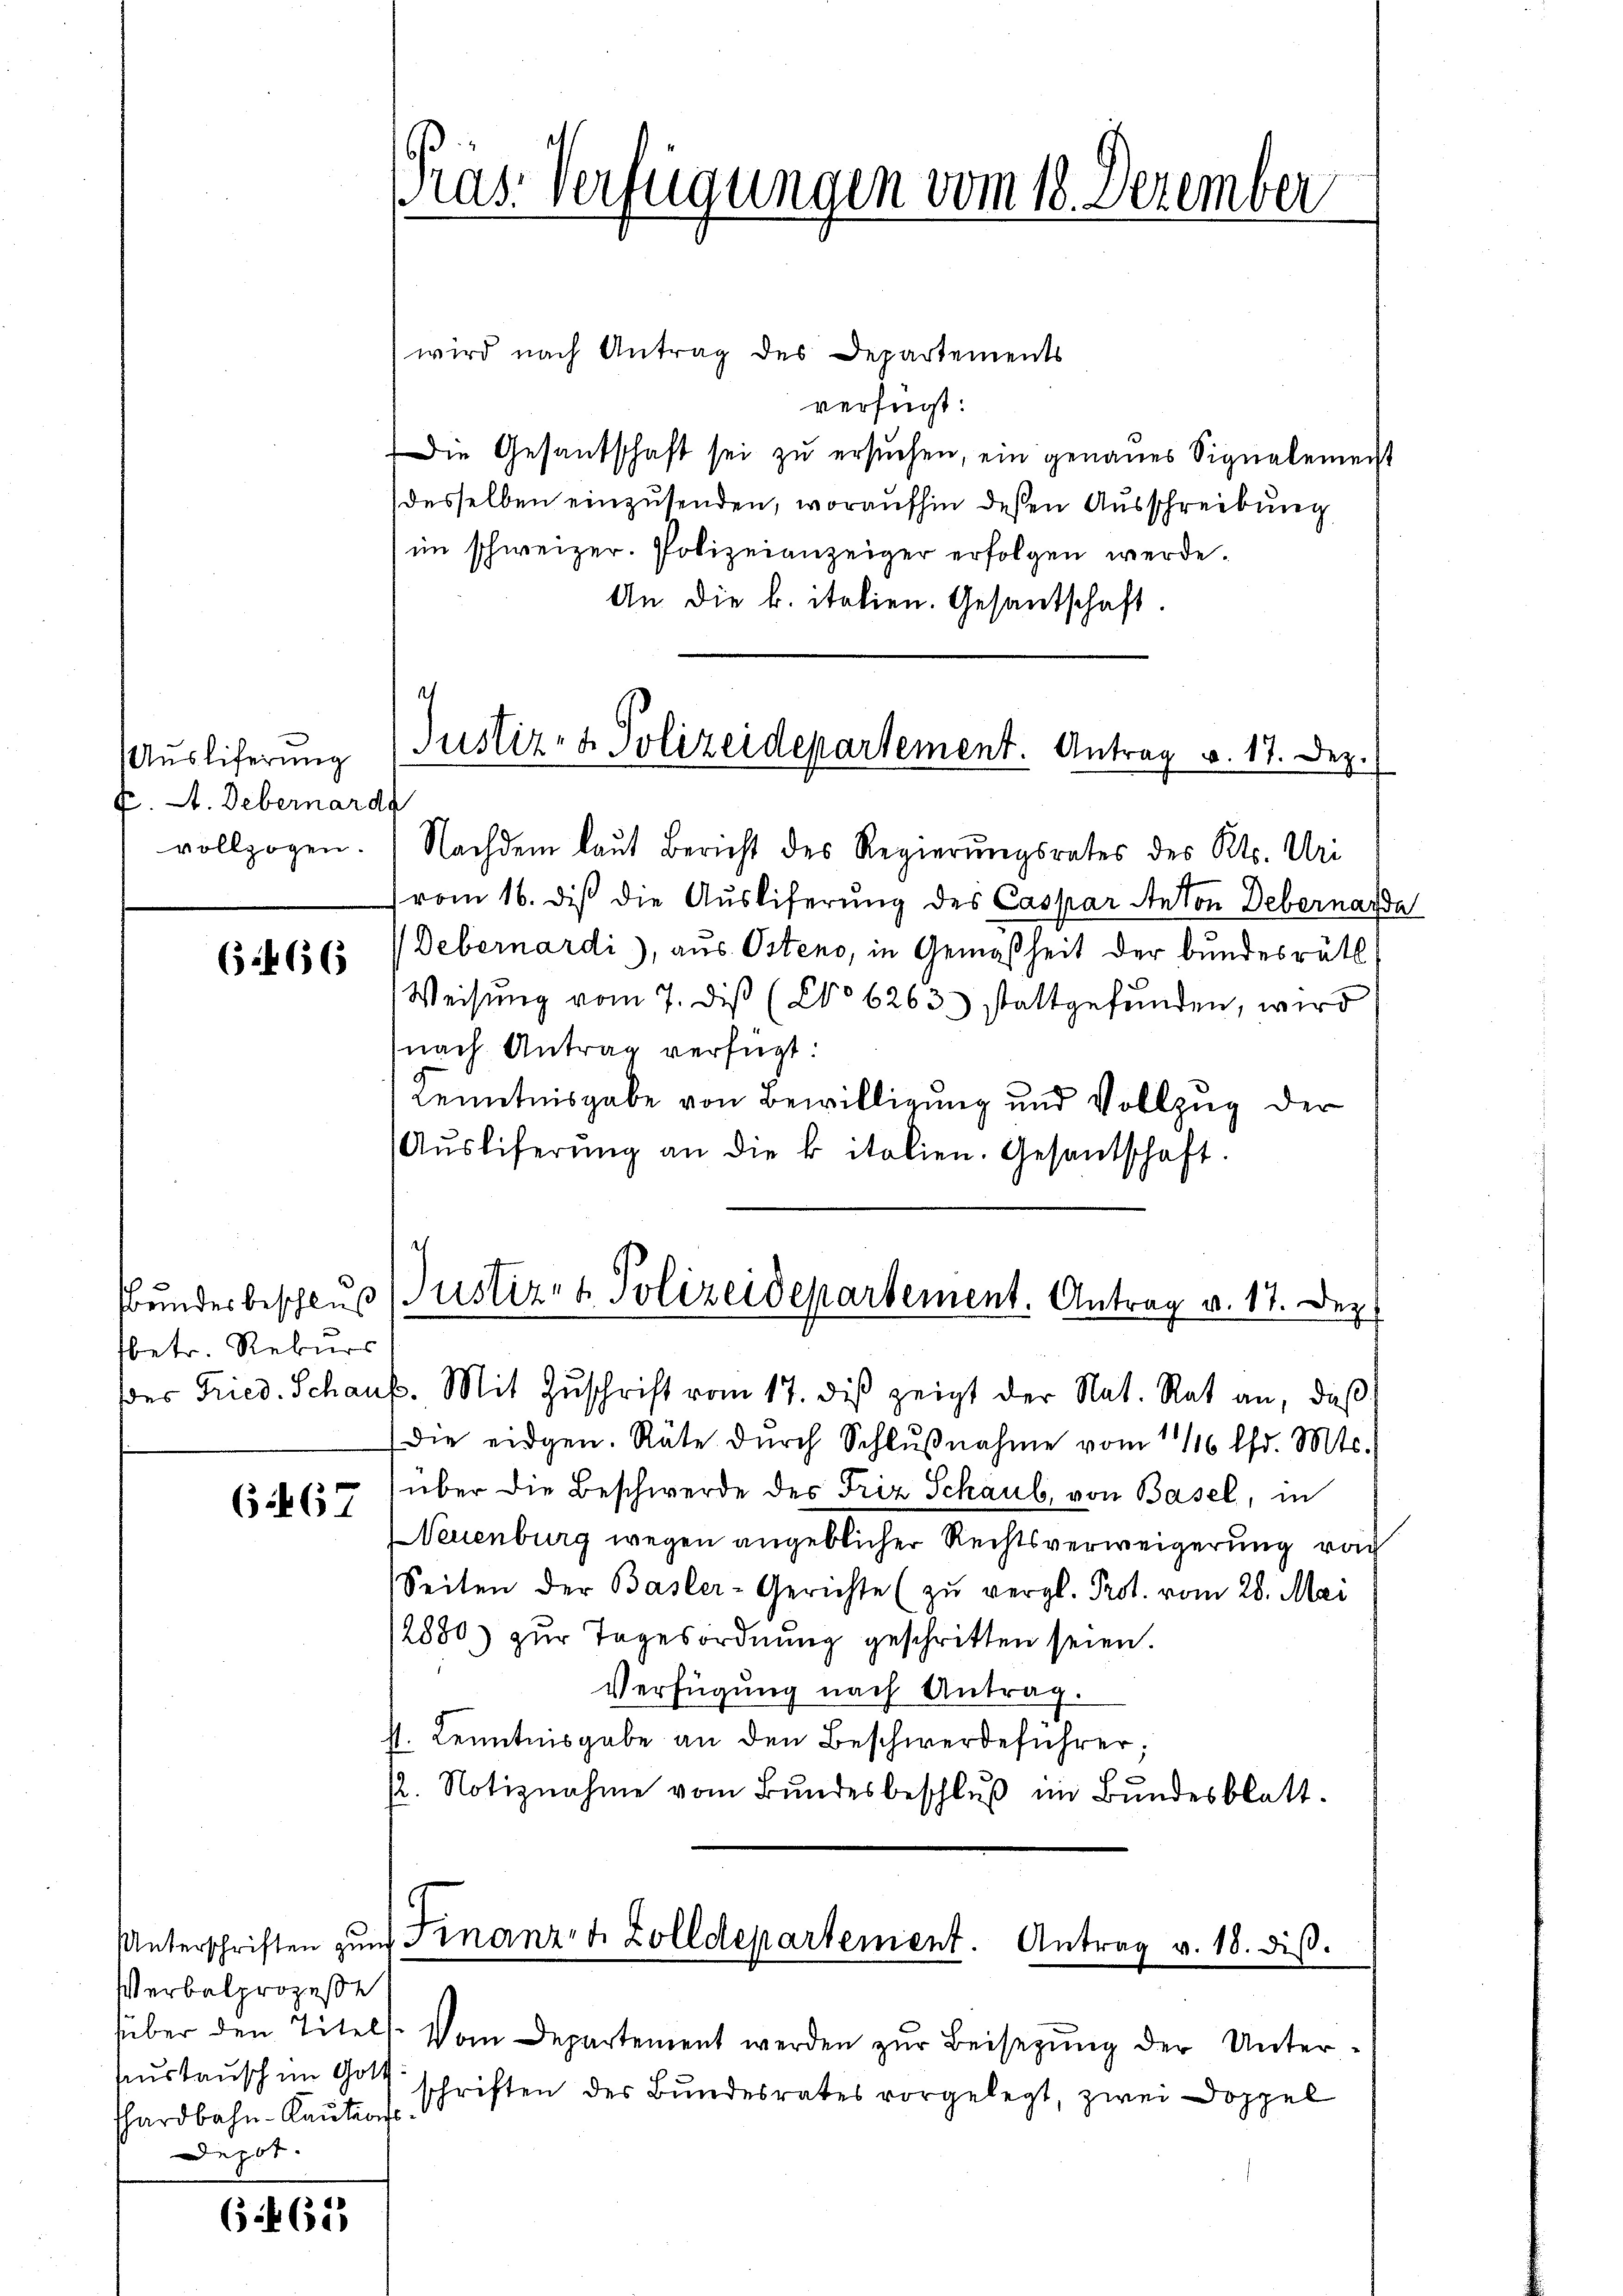
Ausliferung
f. A. Debernards
vollzogen.

(466

Bundesbeschluß
sbetr. Rekurs

6467

Verbalprozeße
austausch im Gott
Phardbahn- Kautions
Depot.

6465

wird nach Antrag des Departements
verfügt:
Die Gesandschaft sei zu ersuchen, ein genaues Signalemeist
desselben einzusenden, woraufhin deßen Ausschreibung
im schweizer. Polizeianzeiger erfolgen werde.
An die k. italien. Gesantschaft.

Nachdem laut Bericht des Regierungsrates des Kts. Uri
vom 16. diß die Ausliferung des Caspar Anton Debernarda
Debernardi), aus Ostens, in Gemäßheit der bundesrätl
Weisŭng vom 7. diβ (Co 6263. stattgefŭnden, wird
nach Antrag verfügt:
Kenntnisgabe von Bewilligung und Vollzug der
Aŭsliferŭng an die k. italien. Gesantschaft.

dder Fried. Schaub. Mit Zŭschrift vom 17. diβ zeigt der Nat. Rat an, daβ
die eidgen. Räte dŭrch Schlŭβnahme vom 1/16 lfd. Mts.
über die Beschwerde des Friz Schaub, von Basel, in
Neuenburg wegen angeblicher Rechtsverweigerung von
Seiten der Basler-Gerichte (zŭ vergl. Prot. vom 28. Mai
2880) zur Tagesordnung geschritten seien.
Verfügung nach Antrag.
st. Kenntnisgabe an den Beschwerdeführer;
12. Notiznahme vom Bundesbeschlŭβ im Bundesblatt.

Präs. Verfügungen vom 18. Dezember

Justiz- & Polizeidepartement. Antrag v. 17. Dez.

Justiz- & Polizeidepartement. Antrag v. 17. Dez.

Unterschriften zŭm Finanzen Zolldepartement. Antrag v. 18. diβ.

füber den Titels. Vom Departement werden zŭr Beisegŭng der Unter-
schriften der Bundesrates vorgelegt, zwei Doppel